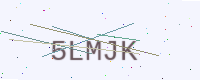
Text: 5LMJK